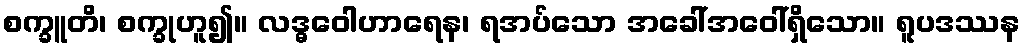
စက္ခူတိ၊ စက္ခုဟူ၍။ လဒ္ဓဝေါဟာရေန၊ ရအပ်သော အခေါ်အဝေါ်ရှိသော။ ရူပဒဿန